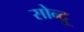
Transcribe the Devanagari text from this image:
सोन्द्रु